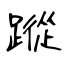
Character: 蹤